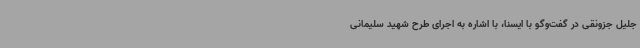
جلیل جزونقی در گفت‌وگو با ایسنا، با اشاره به اجرای طرح شهید سلیمانی